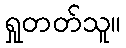
ရှုတတ်သူ။